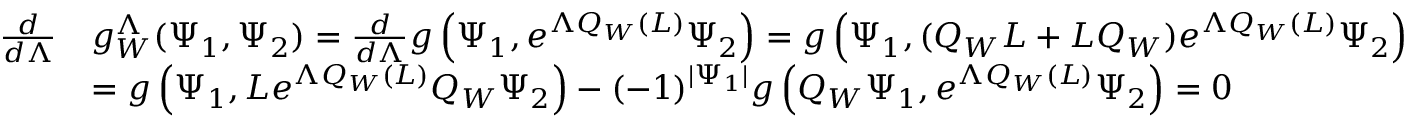
\begin{array} { r l } { \frac { d } { d \Lambda } } & { g _ { W } ^ { \Lambda } ( \Psi _ { 1 } , \Psi _ { 2 } ) = \frac { d } { d \Lambda } g \left( \Psi _ { 1 } , e ^ { \Lambda Q _ { W } ( L ) } \Psi _ { 2 } \right) = g \left( \Psi _ { 1 } , ( Q _ { W } L + L Q _ { W } ) e ^ { \Lambda Q _ { W } ( L ) } \Psi _ { 2 } \right) } \\ & { = g \left( \Psi _ { 1 } , L e ^ { \Lambda Q _ { W } ( L ) } Q _ { W } \Psi _ { 2 } \right) - ( - 1 ) ^ { | \Psi _ { 1 } | } g \left( Q _ { W } \Psi _ { 1 } , e ^ { \Lambda Q _ { W } ( L ) } \Psi _ { 2 } \right) = 0 } \end{array}